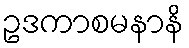
ဥဒကာစမနာနိ